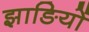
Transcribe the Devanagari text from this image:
झाङियों